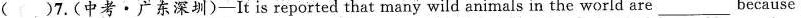
( )7.(中考·广东深圳)-It is reported that many wild animals in the world are ___because